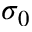
\sigma _ { 0 }